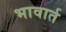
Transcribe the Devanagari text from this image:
भावार्त